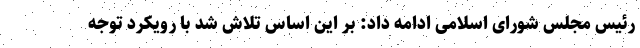
رئیس مجلس شورای اسلامی ادامه داد: بر این اساس تلاش شد با رویکرد توجه